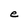
Character: e